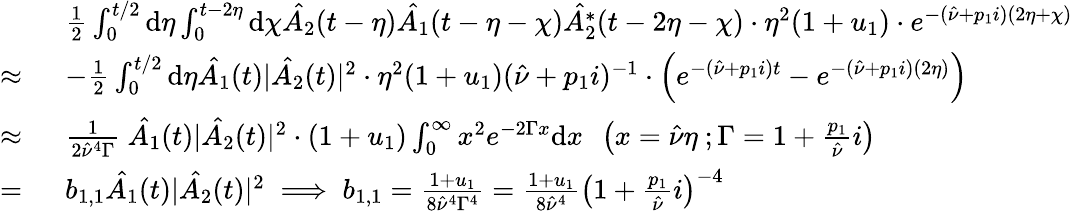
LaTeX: \begin{array}{rl}&{\frac{1}{2}\int_{0}^{t/2}\mathrm{d}\eta\int_{0}^{t-2\eta}\mathrm{d}\chi\hat{A_{2}}(t-\eta)\hat{A_{1}}(t-\eta-\chi)\hat{A_{2}^{*}}(t-2\eta-\chi)\cdot\eta^{2}(1+u_{1})\cdot e^{-(\hat{\nu}+p_{1}i)(2\eta+\chi)}}\\ {\approx\ }&{-\frac{1}{2}\int_{0}^{t/2}\mathrm{d}\eta\hat{A_{1}}(t)|\hat{A_{2}}(t)|^{2}\cdot\eta^{2}(1+u_{1})(\hat{\nu}+p_{1}i)^{-1}\cdot\left(e^{-(\hat{\nu}+p_{1}i)t}-e^{-(\hat{\nu}+p_{1}i)(2\eta)}\right)}\\ {\approx\ }&{\frac{1}{2\hat{\nu}^{4}\Gamma}\ \hat{A_{1}}(t)|\hat{A_{2}}(t)|^{2}\cdot(1+u_{1})\int_{0}^{\infty}x^{2}e^{-2\Gamma x}\mathrm{d}x\ \ \left(x=\hat{\nu}\eta\ ;\Gamma=1+\frac{p_{1}}{\hat{\nu}}i\right)}\\ {=\ }&{b_{1,1}\hat{A_{1}}(t)|\hat{A_{2}}(t)|^{2}\implies b_{1,1}=\frac{1+u_{1}}{8\hat{\nu}^{4}\Gamma^{4}}=\frac{1+u_{1}}{8\hat{\nu}^{4}}\left(1+\frac{p_{1}}{\hat{\nu}}i\right)^{-4}}\end{array}